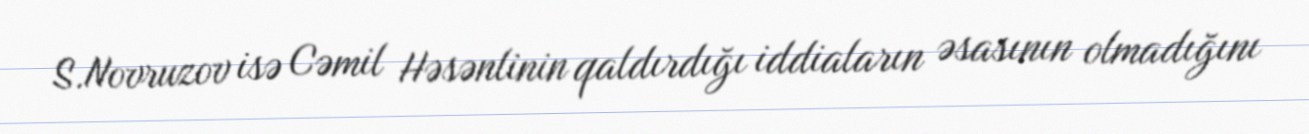
S.Novruzov isə Cəmil Həsənlinin qaldırdığı iddiaların əsasının olmadığını